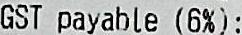
GST PAYABLE (6%):